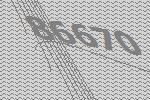
86670